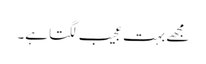
مجھے بہت عجیب لگتا ہے۔